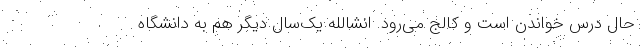
حال درس خواندن است و کالج می‌رود. انشالله یک‌سال دیگر هم به دانشگاه